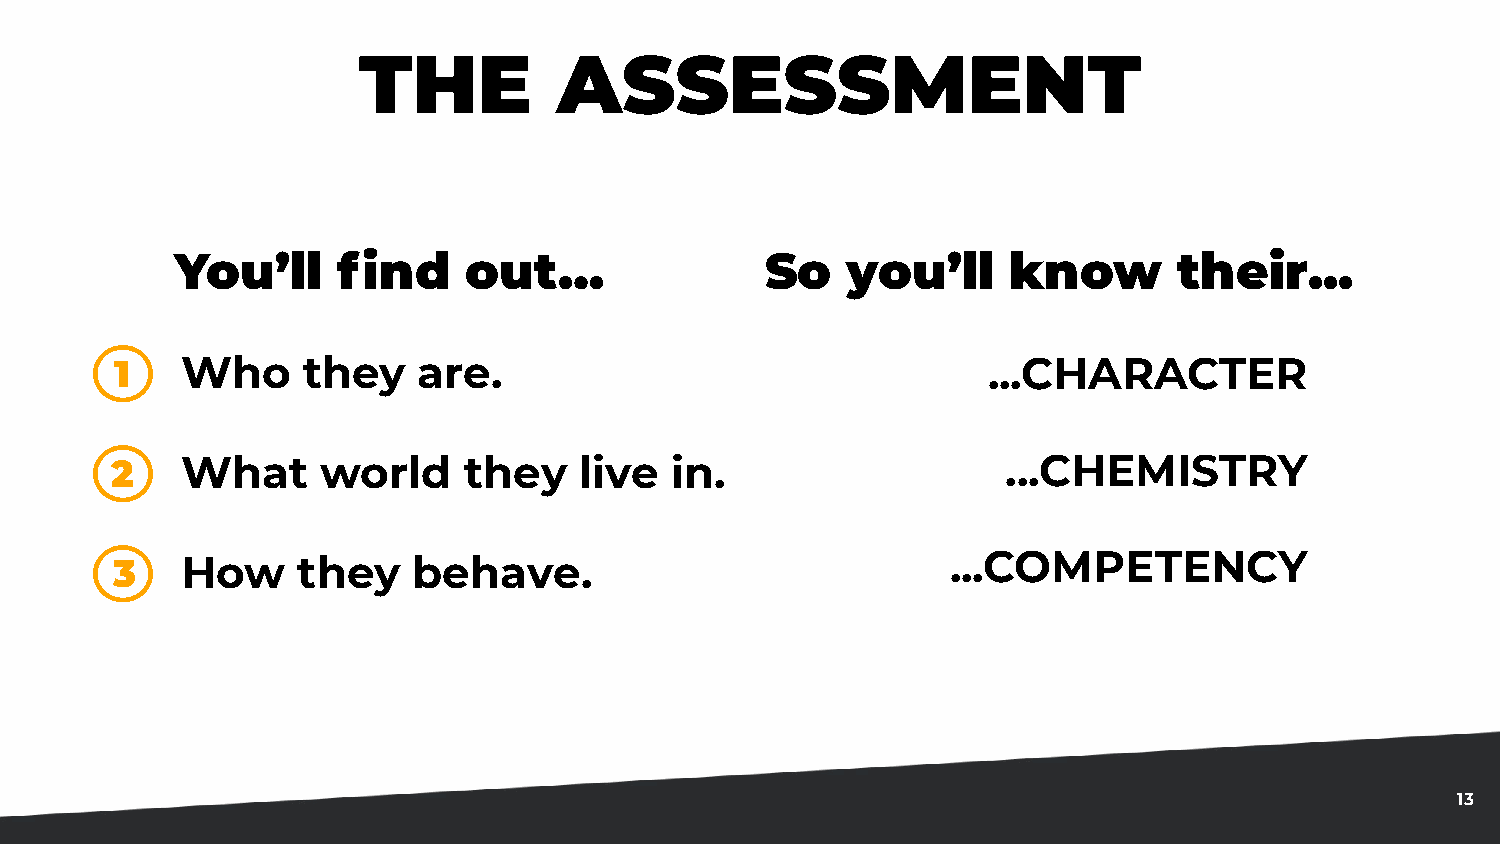
THE          ASSESSMENT
 You’ll    find     out…                So   you’ll     know       their...
 1   Who     they    are.                                 ...CHARACTER
 2    What     world     they   live  in.                    ...CHEMISTRY
 3    How     they   behave.                             ...COMPETENCY
 13